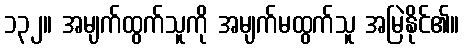
၁၃၂။ အမျက်ထွက်သူကို အမျက်မထွက်သူ အမြဲနိုင်၏။